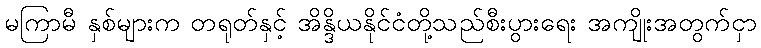
မကြာမီ နှစ်များက တရုတ်နှင့် အိန္ဒိယနိုင်ငံတို့သည်စီးပွားရေး အကျိုးအတွက်ငှာ